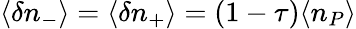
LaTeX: \langle\delta n_{-}\rangle=\langle\delta n_{+}\rangle=(1-\tau)\langle n_{P}\rangle